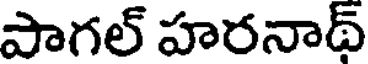
పాగల్ హరనాథ్